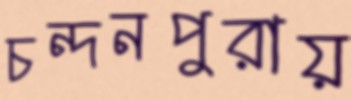
চন্দনপুরায়